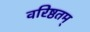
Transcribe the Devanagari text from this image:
वरिष्ठतम्